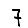
Digit: 7